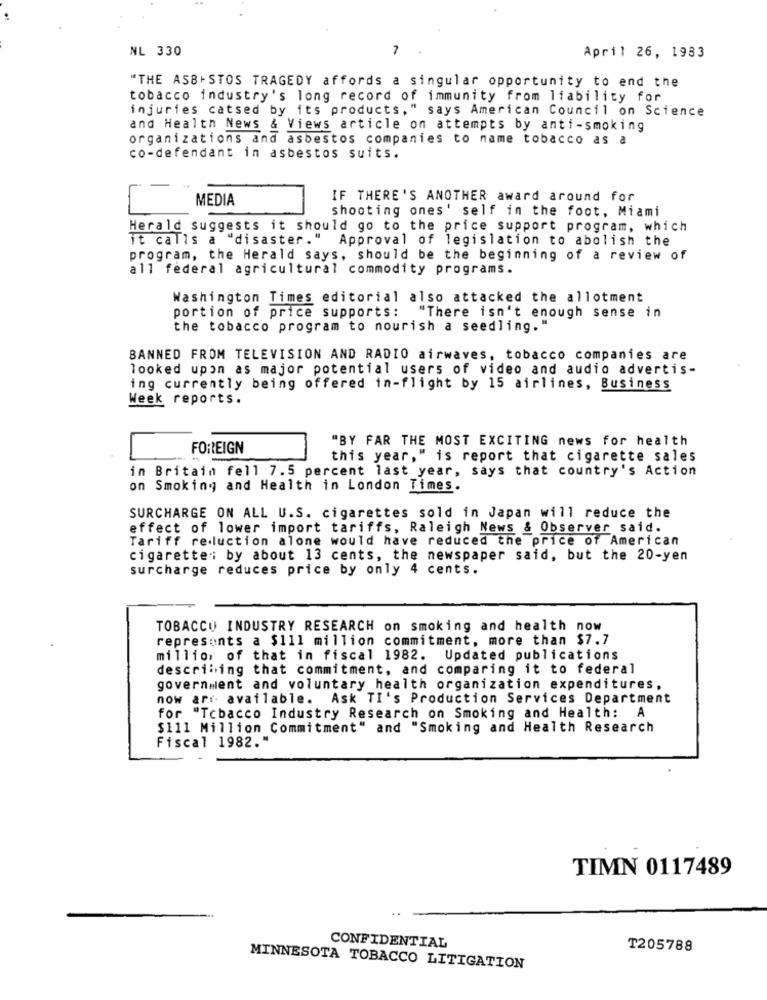
NL 330
7
April 26, 1983
"THE ASB+ STOS TRAGEDY affords a singular opportunity to end the
tobacco industry's long record of immunity from liability for
injuries catsed by its products," says American Council on Science
and Health News & Views article on attempts by anti-smoking
organizations and asbestos companies to name tobacco as a
co-defendant in asbestos suits.
MEDIA
IF THERE'S ANOTHER award around for
shooting ones' self in the foot, Miami
Herald suggests it should go to the price support program, which
it calls a "disaster."
Approval of legislation to abolish the
program, the Herald says, should be the beginning of a review of
all federal agricultural commodity programs.
Washington Times editorial also attacked the allotment
portion of price supports: "There isn't enough sense in
the tobacco program to nourish a seedling.
BANNED FROM TELEVISION AND RADIO airwaves, tobacco companies are
looked upon as major potential users of video and audio advertis-
ing currently being offered in-flight by 15 airlines, Business
Week reports.
"BY FAR THE MOST EXCITING news for health
FOREIGN
this year, " is report that cigarette sales
in Britain fell 7.5 percent last year, says that country's Action
on Smoking and Health in London Times.
SURCHARGE ON ALL U.S. cigarettes sold in Japan will reduce the
effect of lower import tariffs, Raleigh News & Observer said.
Tariff re-luction alone would have reduced the price of American
cigarette; by about 13 cents, the newspaper said, but the 20-yen
surcharge reduces price by only 4 cents.
TOBACCO INDUSTRY RESEARCH on smoking and health now
represents a $111 million commitment, more than $7.7
millior of that in fiscal 1982. Updated publications
describing that commitment, and comparing it to federal
government and voluntary health organization expenditures,
now arr available. Ask TI's Production Services Department
for "Tobacco Industry Research on Smoking and Health: A
$111 Million Commitment" and "Smoking and Health Research
Fiscal 1982."
TIMN 0117489
CONFIDENTIAL
T205788
MINNESOTA TOBACCO LITIGATION